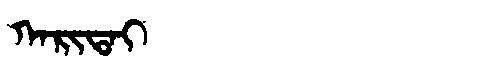
Manchu: ᡴᠠᡵᡳᡨᠠᡳ
Romanization: KARITAI